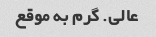
عالی. گرم به موقع